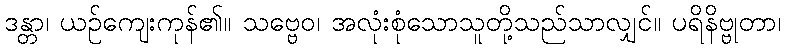
ဒန္တာ၊ ယဉ်ကျေးကုန်၏။ သဗ္ဗေဝ၊ အလုံးစုံသောသူတို့သည်သာလျှင်။ ပရိနိဗ္ဗုတာ၊